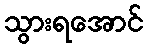
သွားရအောင်